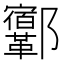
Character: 𨟨